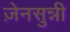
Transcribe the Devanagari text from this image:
ज़ेनसुन्नी